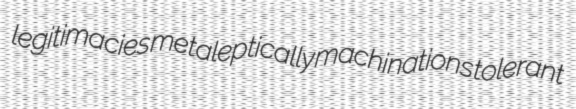
legitimacies metaleptically machinations tolerant